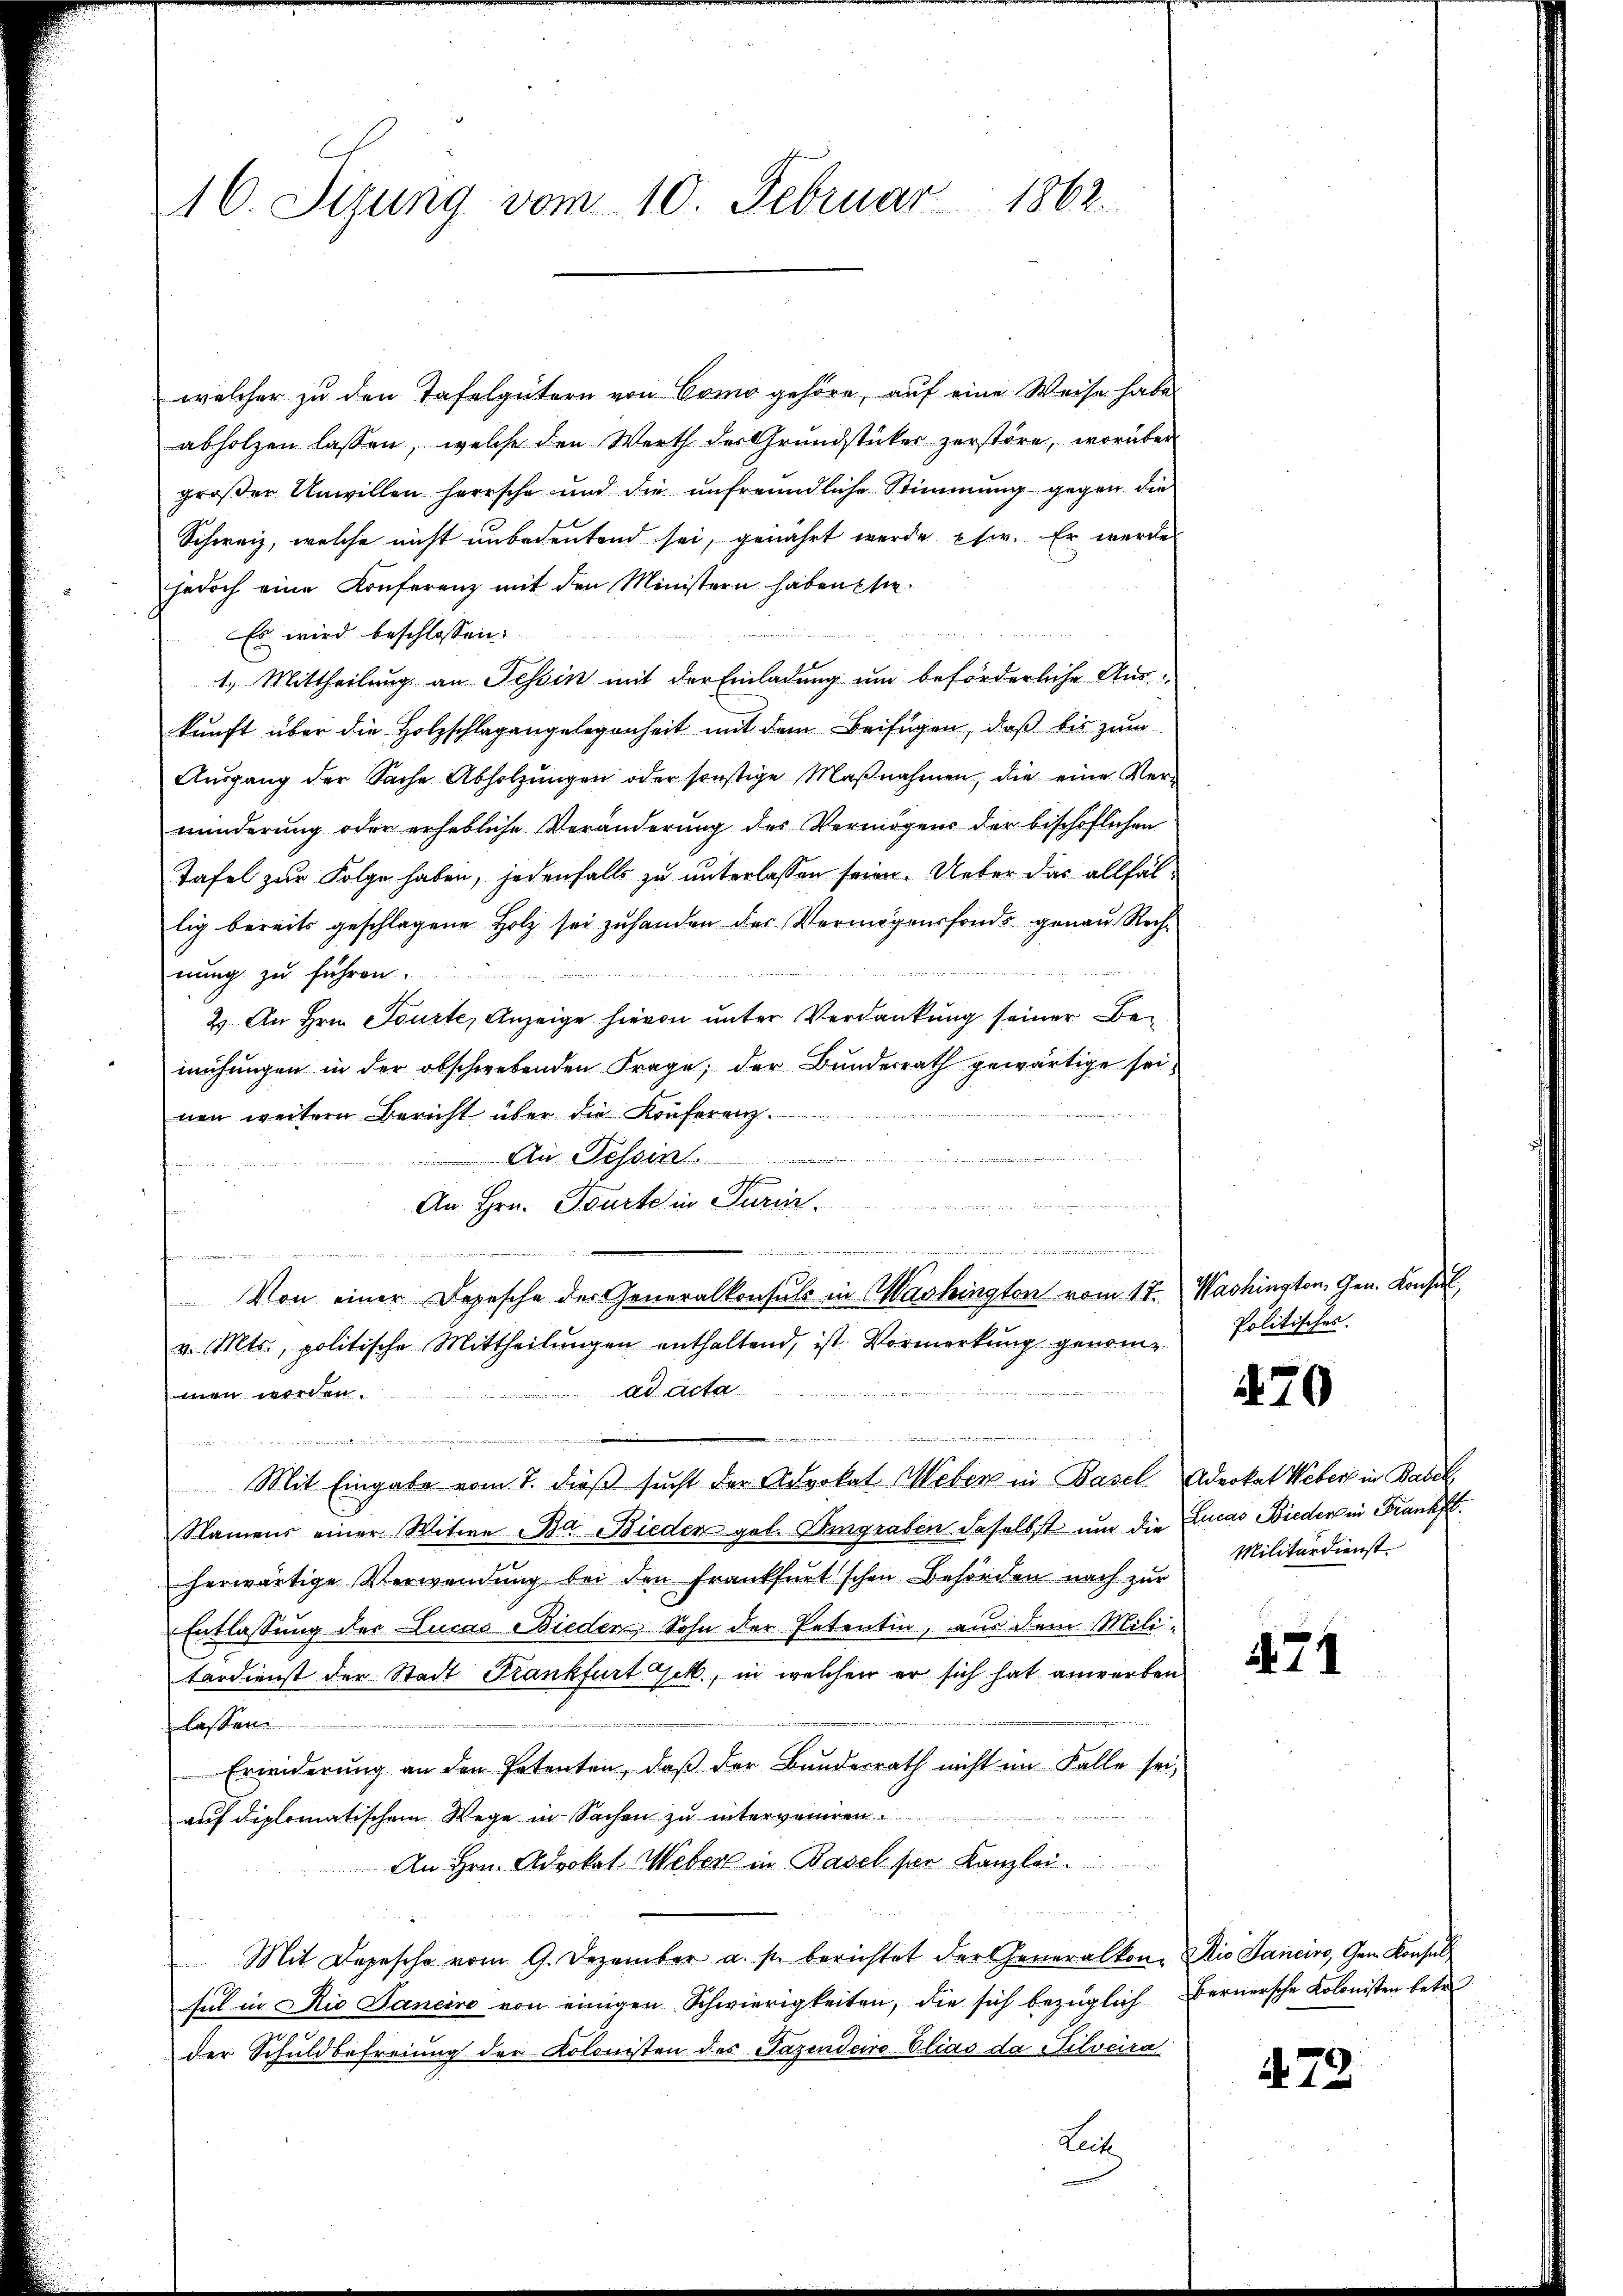
16. Sizung vom 10. Februar 1862.

welcher zu den Tafelgütern von Como gehöre, auf eine Weise habe
abholzen lassen, welche den Werth der Grundstücker zerstöre, worüber
großer Unwillen herrsche und die unfreundliche Stimmung gegen die
Schweiz, welche nicht unbedeutend sei, genährt werde Ehe. Er werdes
jedoch eine Konferenz mit den Ministern haben sie
u
Es wird beschlossen:
1.) Mittheilung an Tessin mit der Einladung um beförderliche Auskunft über die Holzschlagangelegenheit mit dem Beifügen, daß bis zum
Aŭsgang der Sache Abholzungen oder sonstige Maβnahmen, die eine Verminderung oder erhebliche Veränderung des Vermögens der bischöflichen
Tafel zur Folge haben, jedenfalls zu unterlassen seien. Ueber das allfällig bereits geschlagene Holz sei zuhanden des Vermögensfonds genau Rech¬
2

nung zu führen
2.) An Hrn. Tourte, Anzeige hievon unter Verdankung seiner Bemühungen in der obschwebenden Frage; der Bundesrath gewärtige seinen weitern Bericht über die Konferenz.
An Tessin
rin eine

schen
An Hrn. Tourte in Turin.
u
a
een den den der den und
forn unvernennung
Von einer Depesche der Generalkonsuls in Washington vom 17. Washington, Gen. Konsulv. Mts., politische Mittheilungen enthaltend, ist. Vormerkung genommen worden. ad acta
.
d

Mit Eingabe vom 7. dieß sucht der Advokat Weber in Basel, Advokat Weber in Balck,
Namens einer Witwe Bar Nieden geb. Eingraben daselbst um die Lucas Bieder in Frankft.
herwärtige Verwendung bei den Frankfurt schon Behörden nach zur
Entlassung der Lucas Bieden Sohn der Petentin, aus dem Mili-
terdienst der Stadt Frankfurt Gek., in welchen er sich hat anwerben
lassen
Erwiderung an den Petenten, daß der Bundesrath nicht im Falle sei,
auf diplomatischem Wege in Sachen zu interveniren.
An Hrn. Advokat Weber in Basel hier Kanzlei
Mit Depesche vom 9. Dezember a. p. berichtet der Generalkon- Die Janeiro, Gem Konsul
ful in die Janeiro von einigen Schwierigkeiten, die sich bezüglich
der Schuldbefreiung der Kolonisten des Pazendeiro blias da Silveira
Lehe

Politisches.

470

Militärdienst.

471

Bernersche Kolonisten betr

473.